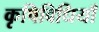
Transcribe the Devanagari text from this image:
कृषिविधियाँ